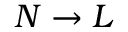
N \rightarrow { \cal L }